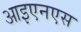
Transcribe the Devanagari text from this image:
आइएनएस